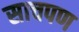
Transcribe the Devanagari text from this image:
साचपण